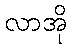
လာအို